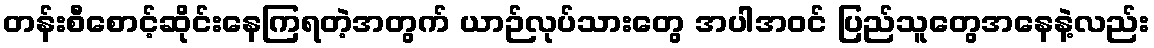
တန်းစီစောင့်ဆိုင်းနေကြရတဲ့အတွက် ယာဉ်လုပ်သားတွေ အပါအဝင် ပြည်သူတွေအနေနဲ့လည်း